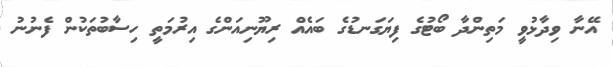
އޭނާ ވިދާޅުވީ މަތިންދާ ބޯޓުގެ ފިޔަގަނޑުގެ ބައެެއް ރިޔޫނިއަންގެ އިރުމަތީ ހިސާބުތަކުން ފެނުނު